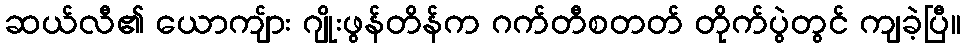
ဆယ်လီ၏ ယောကျ်ား ဂျိုးဖွန်တိန်က ဂက်တီစတတ် တိုက်ပွဲတွင် ကျခဲ့ပြီ။